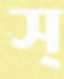
স্